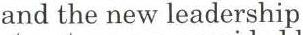
and the new leadership